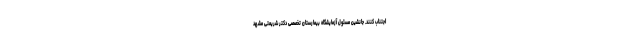
اجتناب کنند. جانشین مسئول آزمایشگاه بیمارستان تخصصی دکتر شریعتی مشهد